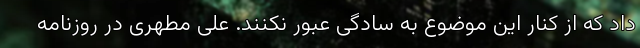
داد که از کنار این موضوع به سادگی عبور نکنند. علی مطهری در روزنامه